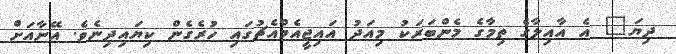
ދިޔަ" އެ އާއިލާގެ ތިމާގެ މެންބަރަކު މިއަދު އައިޖީއެމްއެޗުގައި ހުރެގެން ކިޔައިދިނެވެ. އޭނާއަށް